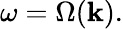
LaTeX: \omega=\Omega(\mathbf{k}).